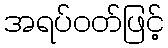
အရပ်ဝတ်ဖြင့်